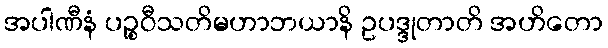
အပါဏီနံ ပဉ္စဝီသတိမဟာဘယာနိ ဥပဒ္ဒုတာတိ အဟိတော